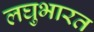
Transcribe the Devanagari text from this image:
लघुभारत